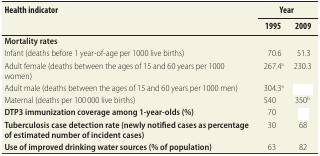
<table><thead><tr><td rowspan="2"><b>Health indicator</b></td><td colspan="2"><b>Year</b></td></tr><tr><td><b>1995</b></td><td><b>2009</b></td></tr></thead><tbody><tr><td><b>Mortality rates</b></td><td>[EMPTY_CELL]</td><td>[EMPTY_CELL]</td></tr><tr><td>Infant (deaths before 1 year-of-age per 1000 live births)</td><td>70.6</td><td>51.3</td></tr><tr><td>Adult female (deaths between the ages of 15 and 60 years per 1000 women)</td><td>267.4<sup>a</sup></td><td>230.3</td></tr><tr><td>Adult male (deaths between the ages of 15 and 60 years per 1000 men)</td><td>304.3<sup>a</sup></td><td>[EMPTY_CELL]</td></tr><tr><td>Maternal (deaths per 100 000 live births)</td><td>540</td><td>350<sup>b</sup></td></tr><tr><td><b>DTP3 immunization coverage among 1-year-olds (%)</b></td><td>70</td><td>[EMPTY_CELL]</td></tr><tr><td><b>Tuberculosis case detection rate (newly notified cases as percentage of estimated number of incident cases)</b></td><td>30</td><td>68</td></tr><tr><td><b>Use of improved drinking water sources (% of population)</b></td><td>63</td><td>82</td></tr></tbody></table>